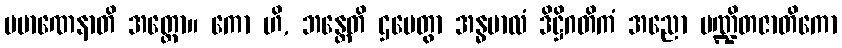
ပမာဏေနာတိ အတ္ထော။ ကော ဟိ, ဘန္တေတိ ဌပေတွာ အန္ဓဗာလံ ဒိဋ္ဌိဂတိကံ အညော ပဏ္ဍိတဇာတိကော